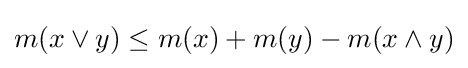
m(x\vee y)\leq m(x)+m(y)-m(x\wedge y)